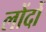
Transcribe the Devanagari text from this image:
लोंदों